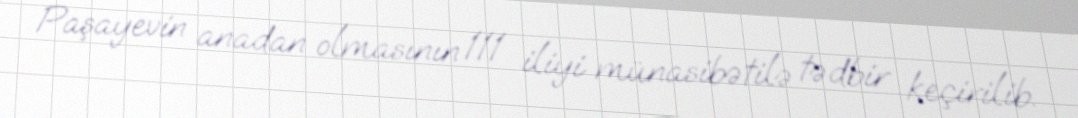
Paşayevin anadan olmasının 111 iliyi münasibətilə tədbir keçirilib.